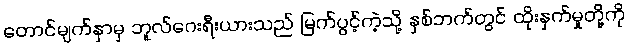
တောင်မျက်နှာမှ ဘူလ်ဂေးရီးယားသည် မြက်ပွင့်ကဲ့သို့ နှစ်ဘက်တွင် ထိုးနှက်မှုတို့ကို